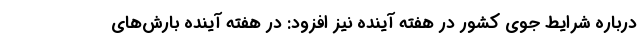
درباره شرایط جوی کشور در هفته آینده نیز افزود: در هفته آینده بارش‌های